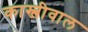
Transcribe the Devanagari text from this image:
कास्लीवाल